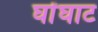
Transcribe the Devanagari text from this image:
घोंघाट